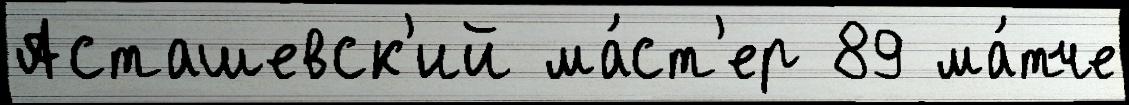
Асташевск'ий ма́ст'ер 89 ма́тче